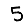
Digit: 5